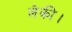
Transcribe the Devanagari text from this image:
लेकी।